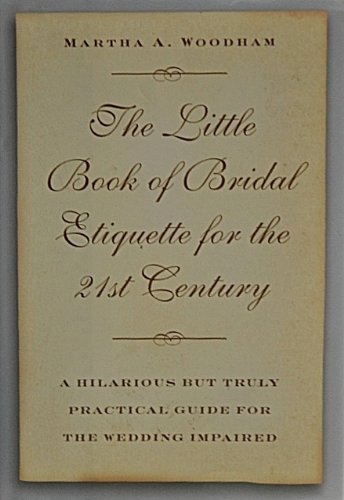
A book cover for Little Book of Bridal Etiquette for the 21st Century; Woodham; Crafts, Hobbies & Home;